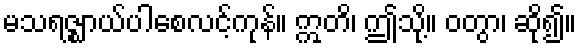
မသရဇ္ဈာယ်ပါစေလင့်ကုန်။ ဣတိ၊ ဤသို့။ ဝတွာ၊ ဆို၍။